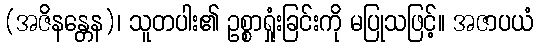
(အဇိနန္တေန)၊ သူတပါး၏ ဥစ္စာရှုံးခြင်းကို မပြုသဖြင့်။ အဇာပယံ